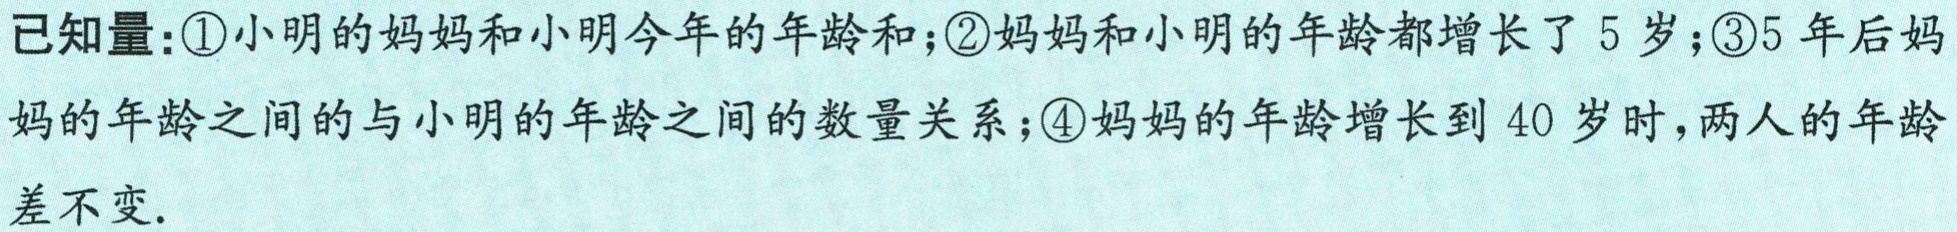
已知量：\textcircled{1}小明的妈妈和小明今年的年龄和；\textcircled{2}妈妈和小明的年龄都增长了 5 岁；\textcircled{3}5 年后妈妈的年龄之间的与小明的年龄之间的数量关系；\textcircled{4}妈妈的年龄增长到 40 岁时，两人的年龄差不变.